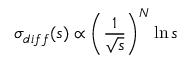
\sigma _ { d i f f } ( s ) \propto \left( \frac { 1 } { \sqrt { s } } \right) ^ { N } \ln { s }